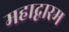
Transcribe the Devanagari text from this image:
महाद्वारम